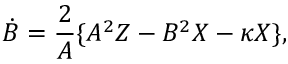
\dot { B } = \frac { 2 } { A } \{ A ^ { 2 } Z - B ^ { 2 } X - \kappa X \} ,